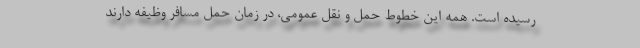
رسیده است. همه این خطوط حمل و نقل عمومی، در زمان حمل مسافر وظیفه دارند